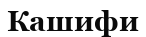
Кашифи